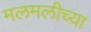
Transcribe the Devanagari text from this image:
मलमलीच्या